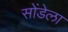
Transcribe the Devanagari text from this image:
सोंडेला